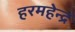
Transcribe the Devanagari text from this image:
हरमहेन्द्र